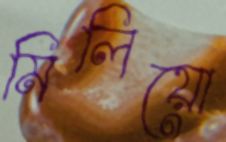
মিলিয়ো